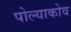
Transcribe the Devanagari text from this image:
पोल्याकोव